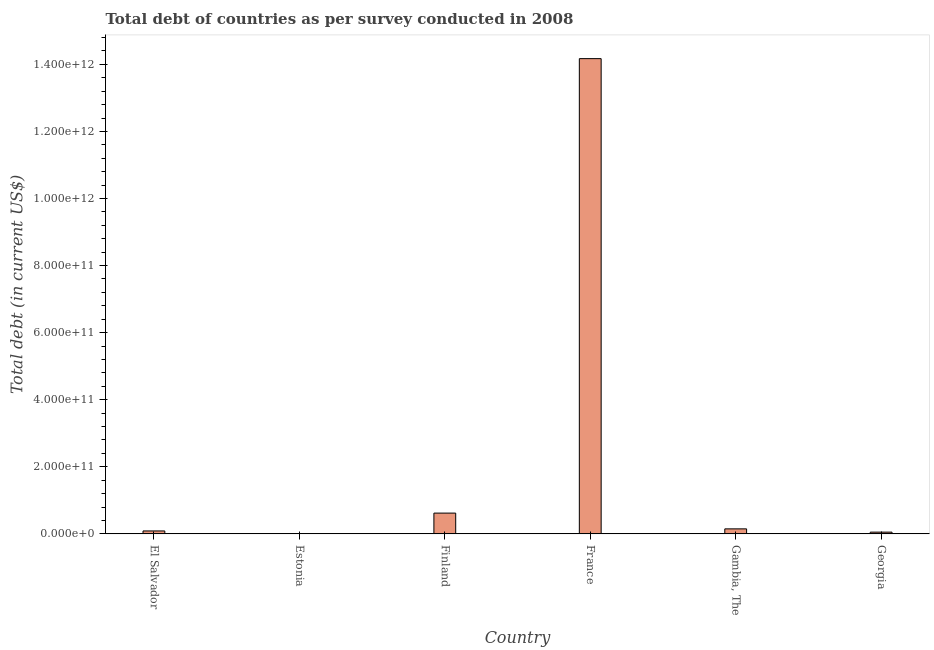
| Country | Central government debt |
 | --- | --- |
 | El Salvador | 8.71e+09 |
 | Estonia | 9.2e+08 |
 | Finland | 6.19e+10 |
 | France | 1.42e+12 |
 | Gambia, The | 1.49e+10 |
 | Georgia | 5.15e+09 |